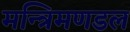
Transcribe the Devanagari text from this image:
मन्त्रिमणडल